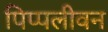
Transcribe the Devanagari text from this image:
पिप्पलीवन